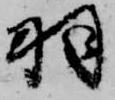
羽